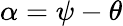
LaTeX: \alpha=\psi-\theta